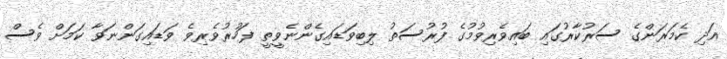
އަދި ކެމަރަންގެ ސަރުކާރުގައި ބައިވެރިވުމުގެ ފުރުސަތު ލިބިވަޑައިގެންނެވީތީ ފަހުރުވެރިވެ ވަޑައިގަންނަވާ ކަމަށް ވެސް